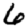
Digit: 6